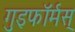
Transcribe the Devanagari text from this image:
गुइफॉर्मस्